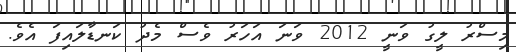
މިސްރު ލީގު ވަނީ 2012 ވަނަ އަހަރު ވެސް މެދު ކަނޑާލައިފަ އެވެ.